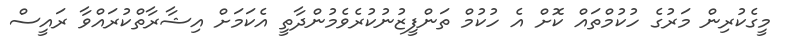
މީގެކުރިން މަރުގެ ހުކުމްތައް ކޮށް އެ ހުކުމް ތަންފީޒުނުކުރެވެމުންދާތީ އެކަމަށް އިޝާރާތްކުރައްވާ ރައީސް